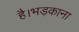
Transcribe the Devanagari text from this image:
है।भड़काना